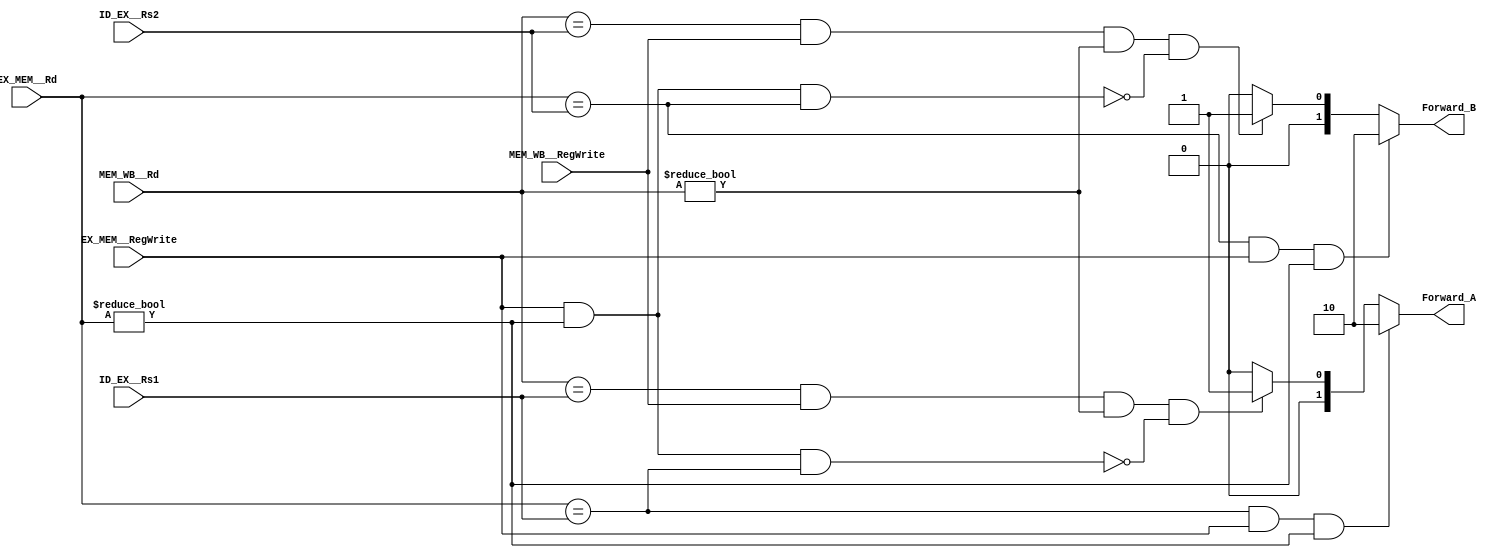
module Forwarding_Unit

(

	input [4:0] ID_EX__Rs1, ID_EX__Rs2,

	input [4:0] EX_MEM__Rd,

	input EX_MEM__RegWrite,

	input [4:0] MEM_WB__Rd,

	input MEM_WB__RegWrite,

	output reg [1:0] Forward_A, Forward_B

);



	always @(*)

		begin

		

		// FOWARD A LOGIC

    //From the slides

		// EX Hazard (a)

		
		if (EX_MEM__Rd == ID_EX__Rs1 && EX_MEM__RegWrite == 1 && EX_MEM__Rd != 0)

			begin

				Forward_A = 2'b10;   //10

			end

		

		// MEM Hazard (a)

		else if (MEM_WB__Rd == ID_EX__Rs1 && MEM_WB__RegWrite == 1 && MEM_WB__Rd != 0 

				&&

				!(EX_MEM__RegWrite == 1 && EX_MEM__Rd != 0 && EX_MEM__Rd == ID_EX__Rs1)

				)

			begin

				Forward_A = 2'b01;  //01

			end

		

		// No Hazard at mux A

		else

			begin

				Forward_A = 2'b00; //00

			end

		

		

		//FORWARD B LOGIC



		// EX Hazard (b)

		if (EX_MEM__Rd == ID_EX__Rs2 && EX_MEM__RegWrite == 1 && EX_MEM__Rd != 0)

			begin

				Forward_B = 2'b10;   //10

			end

		

		// MEM Hazard (b)

		else if (MEM_WB__Rd == ID_EX__Rs2 && MEM_WB__RegWrite == 1 && MEM_WB__Rd != 0 

				&&

				!(EX_MEM__RegWrite == 1 && EX_MEM__Rd != 0 && EX_MEM__Rd == ID_EX__Rs2)

				)

			begin

				Forward_B = 2'b01;  //01

			end

		

		// No Hazard at mux B

		else 

			begin

				Forward_B = 2'b00;  //00

			end

		

		end



endmodule